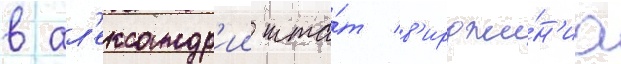
в ал'ександр'ии шта́т в'ирджи́н'иа